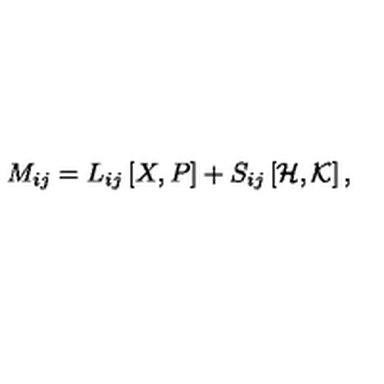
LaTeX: M _ { i j } = L _ { i j } \left[ X , P \right] + S _ { i j } \left[ { \cal H } , { \cal K } \right] ,